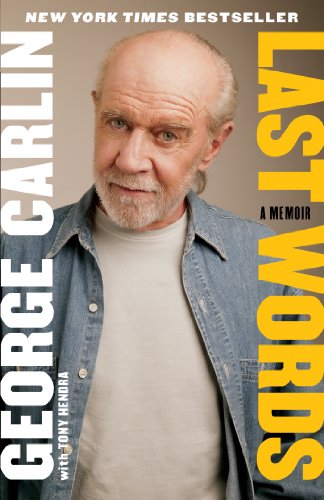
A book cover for Last Words; George Carlin; Humor & Entertainment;